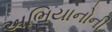
અભિયાનોની